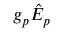
g _ { p } \hat { E } _ { p }